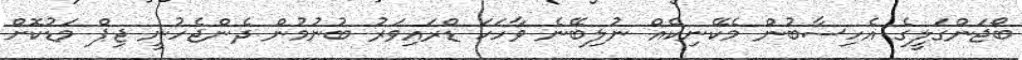
ބޯޖަންގަލީގެ އެހިސާބުން މެކޭނިކެއް ނުލިބޭނެ ވާހަކަ ޑްރައިވަރު ބުނުމުން ދެންޖެހުނީ ޖިޕް މަޑުކޮށް